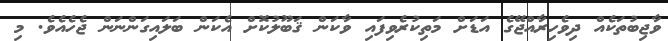
ވާޖިބުތަކެއް ދިވެހިރާއްޖޭގެ އަޑަށް މަތިކުރެވިފައި ވާކަން ޤަބޫލުކޮށް އެކަން ބަލައިގަންނަން ޖެހެއެވެ. މި